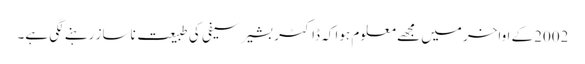
2002کے اواخر میں مجھے معلوم ہوا کہ ڈاکٹر بشیر سیفی کی طبیعت ناساز رہنے لگی ہے۔